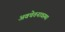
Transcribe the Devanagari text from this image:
अवचेतनावस्था